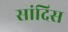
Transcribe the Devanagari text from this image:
सांदिस